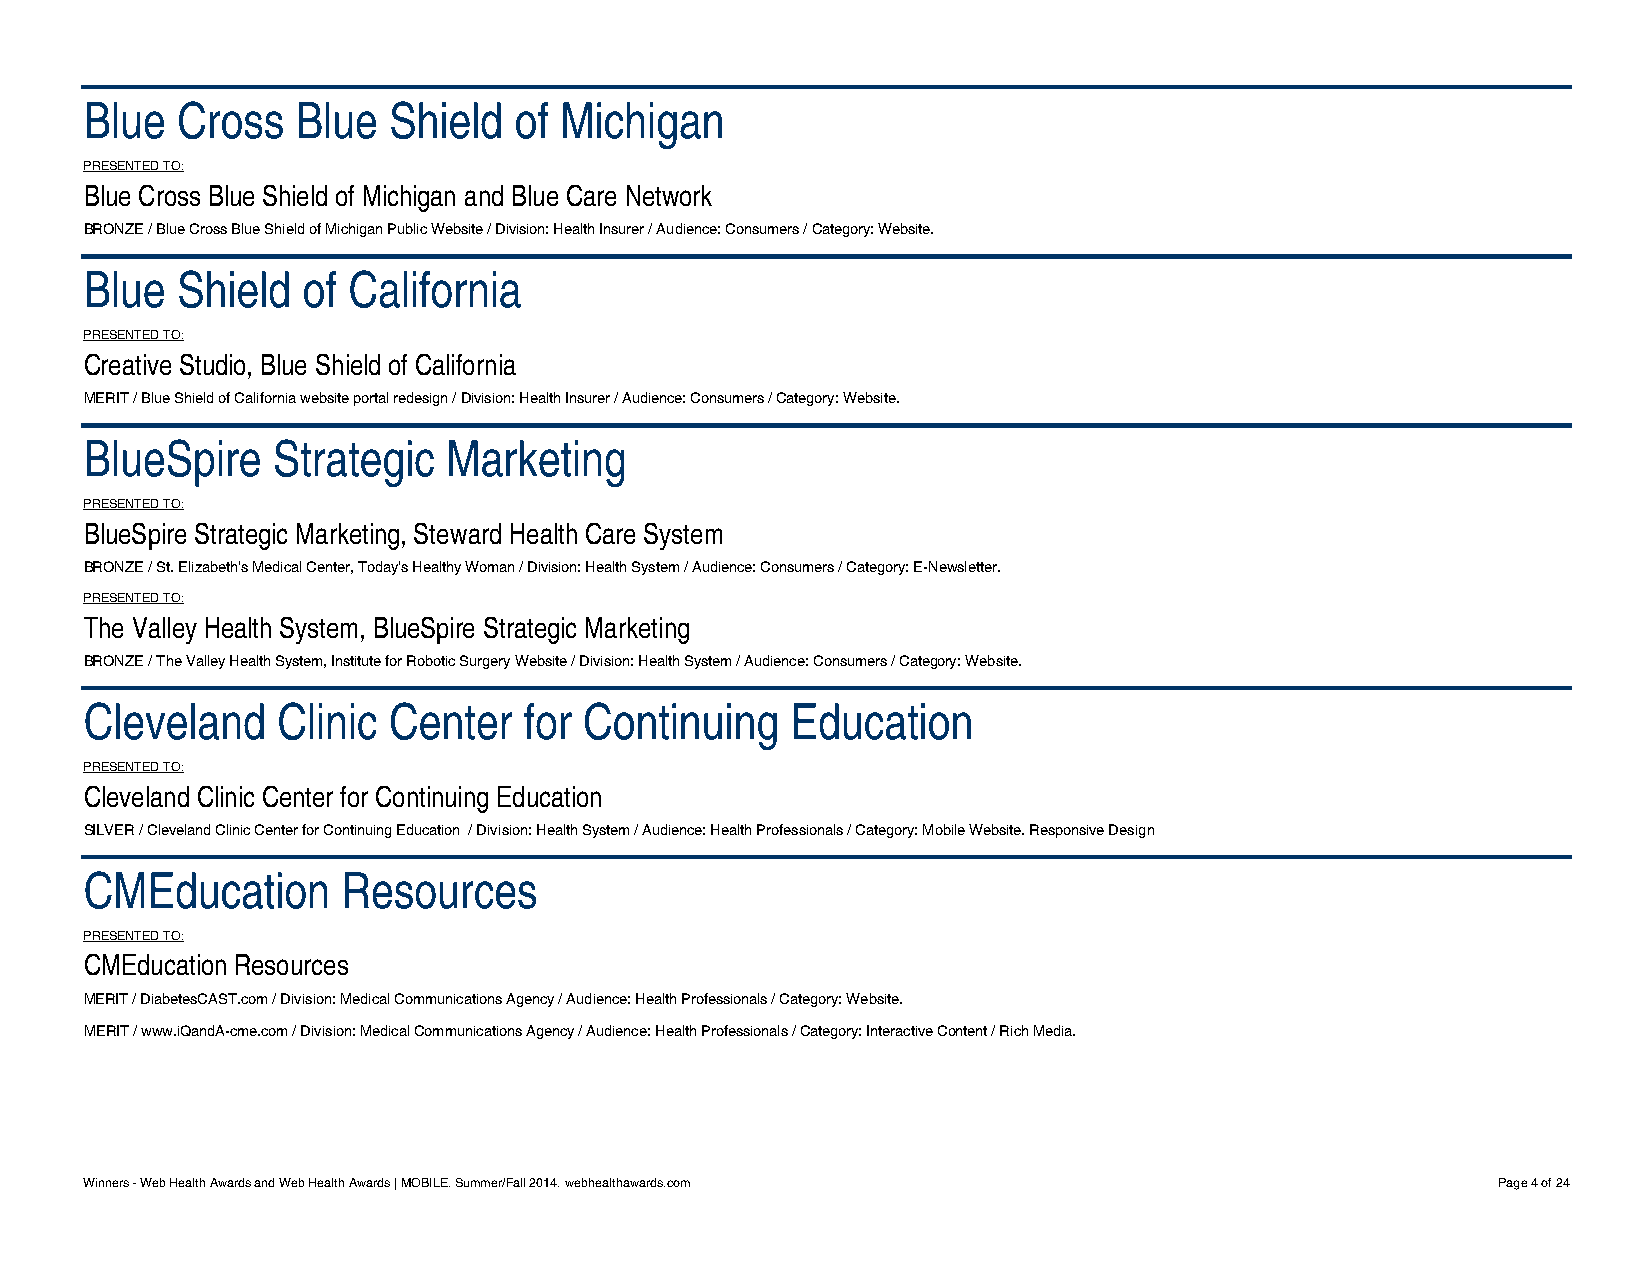
Blue  Cross   Blue  Shield  of Michigan
 PRESENTED TO:
 Blue Cross Blue Shield of Michigan and Blue Care Network
 BRONZE / Blue Cross Blue Shield of Michigan Public Website / Division: Health Insurer / Audience: Consumers / Category: Website.
 Blue  Shield  of California
 PRESENTED TO:
 Creative Studio, Blue Shield of California
 MERIT / Blue Shield of California website portal redesign / Division: Health Insurer / Audience: Consumers / Category: Website.
 BlueSpire   Strategic   Marketing
 PRESENTED TO:
 BlueSpire Strategic Marketing, Steward Health Care System
 BRONZE / St. Elizabeth's Medical Center, Today's Healthy Woman / Division: Health System / Audience: Consumers / Category: E-Newsletter.
 PRESENTED TO:
 The Valley Health System, BlueSpire Strategic Marketing
 BRONZE / The Valley Health System, Institute for Robotic Surgery Website / Division: Health System / Audience: Consumers / Category: Website.
 Cleveland   Clinic  Center   for Continuing   Education
 PRESENTED TO:
 Cleveland Clinic Center for Continuing Education
 SILVER / Cleveland Clinic Center for Continuing Education / Division: Health System / Audience: Health Professionals / Category: Mobile Website. Responsive Design
 CMEducation      Resources
 PRESENTED TO:
 CMEducation Resources
 MERIT / DiabetesCAST.com / Division: Medical Communications Agency / Audience: Health Professionals / Category: Website.
 MERIT / www.iQandA-cme.com / Division: Medical Communications Agency / Audience: Health Professionals / Category: Interactive Content / Rich Media.
 Winners - Web Health Awards and Web Health Awards | MOBILE. Summer/Fall 2014. webhealthawards.com Page 4 of 24